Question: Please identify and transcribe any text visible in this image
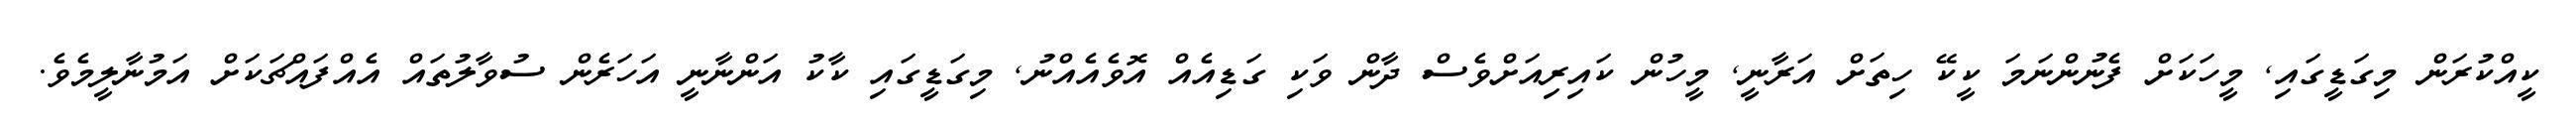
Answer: ކީއްކުރަން މިގަޑީގައި, މީހަކަށް ފެނުންނަމަ ކީކޭ ހިތަށް އަރާނީ, މީހުން ކައިރިއަށްވެސް ދާން ވަކި ގަޑިއެއް އޮވެއެއްނު, މިގަޑީގައި ކާކު އަންނާނީ އަހަރެން ސުވާލުތައް އެއްފައްޗަކަށް އަމުނާލީމެވެ.